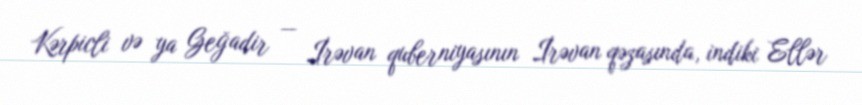
Kərpicli və ya Geğadir — İrəvan quberniyasının İrəvan qəzasında, indiki Ellər